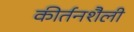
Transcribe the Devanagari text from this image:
कीर्तनशैली